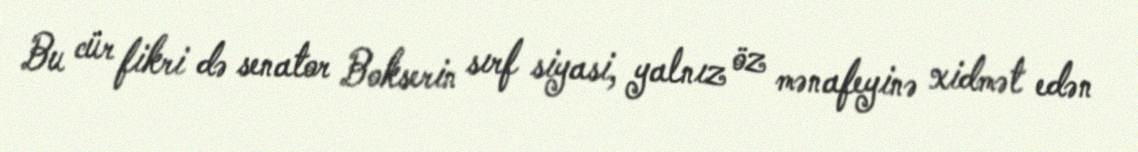
Bu cür fikri də senator Bokserin sırf siyasi, yalnız öz mənafeyinə xidmət edən